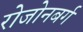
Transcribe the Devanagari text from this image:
रोजोनबर्ग